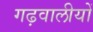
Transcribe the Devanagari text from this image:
गढ़वालीयों